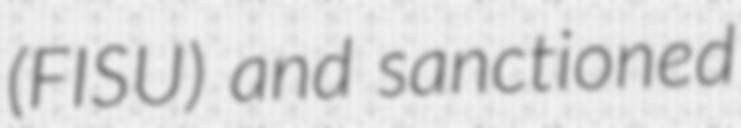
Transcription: (FISU) and sanctioned